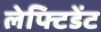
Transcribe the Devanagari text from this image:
लेफ्टिडेंट